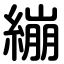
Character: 繃